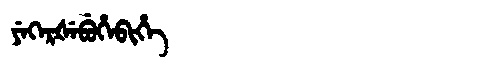
Manchu: ᠶᡝᡴᡝᡵᡧᡝᠪᡠᡥᡝᠪᡳᡥᡝ
Romanization: YEKERŠEBUHEBIHE